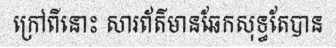
ក្រៅពីនោះ សារព័ត៌មានឆែកសុទ្ធតែបាន